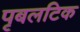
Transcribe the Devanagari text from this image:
पृबलटिक